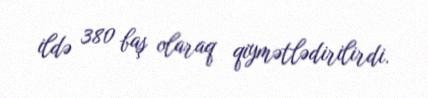
ildə 380 baş olaraq qiymətlədirilirdi.